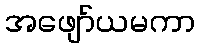
အဖျော်ယမကာ